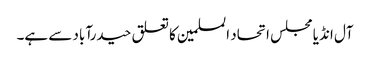
آل انڈیا مجلس اتحاد المسلمین کا تعلق حیدرآباد سے ہے۔